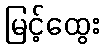
မြင့်ထွေး